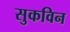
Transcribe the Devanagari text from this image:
सुकविन